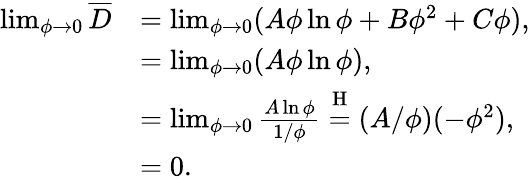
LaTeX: \begin{array}{rl}{\operatorname*{lim}_{\phi\to 0}\overline{{D}}}&{=\operatorname*{lim}_{\phi\to 0}(A\phi\ln\phi+B\phi^{2}+C\phi),}\\ &{=\operatorname*{lim}_{\phi\to 0}(A\phi\ln\phi),}\\ &{=\operatorname*{lim}_{\phi\to 0}\frac{A\ln\phi}{1/\phi}\stackrel{\mathrm{H}}{=}(A/\phi)(-\phi^{2}),}\\ &{=0.}\end{array}